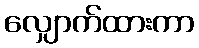
လျှောက်ထားကာ